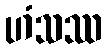
ဟံသဿ